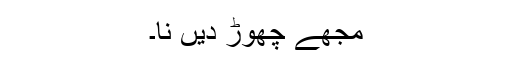
مجھے چھوڑ دیں نا۔